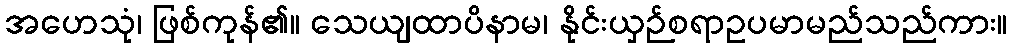
အဟေသုံ၊ ဖြစ်ကုန်၏။ သေယျထာပိနာမ၊ နိုင်းယှဉ်စရာဥပမာမည်သည်ကား။